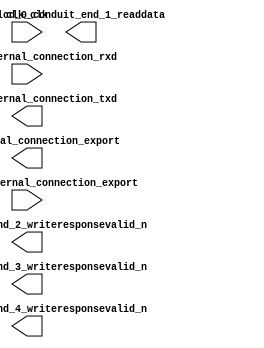

module nios (
	clk_clk,
	lcd_0_conduit_end_1_readdata,
	lcd_0_conduit_end_2_writeresponsevalid_n,
	lcd_0_conduit_end_3_writeresponsevalid_n,
	lcd_0_conduit_end_4_writeresponsevalid_n,
	leds_external_connection_export,
	pushbutton_external_connection_export,
	uart_0_external_connection_rxd,
	uart_0_external_connection_txd);	

	input		clk_clk;
	output	[7:0]	lcd_0_conduit_end_1_readdata;
	output		lcd_0_conduit_end_2_writeresponsevalid_n;
	output		lcd_0_conduit_end_3_writeresponsevalid_n;
	output		lcd_0_conduit_end_4_writeresponsevalid_n;
	output	[3:0]	leds_external_connection_export;
	input	[3:0]	pushbutton_external_connection_export;
	input		uart_0_external_connection_rxd;
	output		uart_0_external_connection_txd;
endmodule